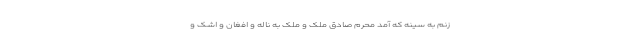
زنم به سینه که آمد محرم صادق مُلک و مَلَک به ناله و افغان و اشک و